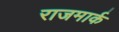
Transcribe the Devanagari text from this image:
राजमार्क